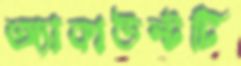
অ্যাকাউন্টটি